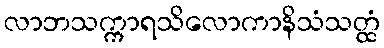
လာဘသက္ကာရသိလောကာနိသံသတ္ထံ